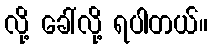
လို့ ခေါ်လို့ ရပါတယ်။